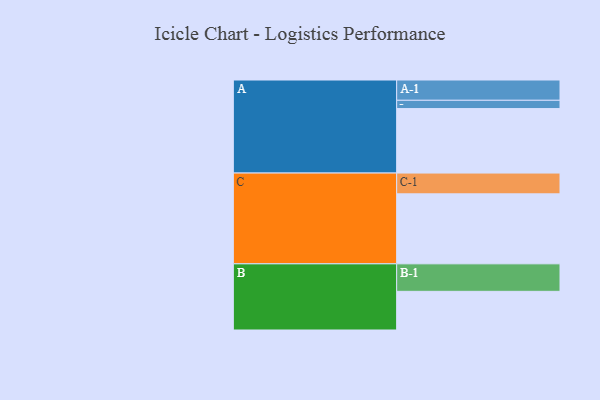
{"axis": {"x": "Segment", "y": "Value"}, "legend": ["", "A", "B", "C"], "data": [{"x": "A", "y": 537, "type": ""}, {"x": "B", "y": 322, "type": ""}, {"x": "C", "y": 583, "type": ""}, {"x": "A-1", "y": 169, "type": "A"}, {"x": "A-2", "y": 69, "type": "A"}, {"x": "B-1", "y": 229, "type": "B"}, {"x": "C-1", "y": 173, "type": "C"}]}